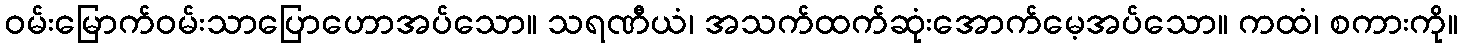
ဝမ်းမြောက်ဝမ်းသာပြောဟောအပ်သော။ သရဏီယံ၊ အသက်ထက်ဆုံးအောက်မေ့အပ်သော။ ကထံ၊ စကားကို။